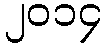
၂၀၁၄